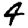
Digit: 4